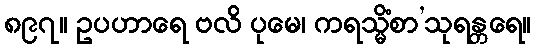
၈၉၇။ ဥပဟာရေ ဗလိ ပုမေ၊ ကရသ္မိံစာ’သုရန္တရေ။